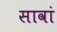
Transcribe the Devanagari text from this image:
सावां